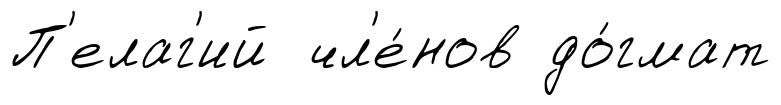
П'елаг'ий чл'е́нов до́гмат